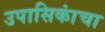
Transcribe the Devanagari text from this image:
उपासिकांचा